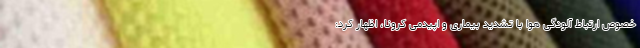
خصوص ارتباط آلودگی هوا با تشدید بیماری و اپیدمی کرونا، اظهار کرد: